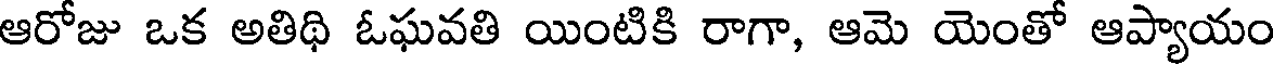
ఆరోజు ఒక అతిథి ఓఘవతి యింటికి రాగా, ఆమె యెంతో ఆప్యాయం